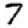
Digit: 7